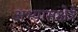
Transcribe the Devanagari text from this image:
अभ्यासक्षेत्रे